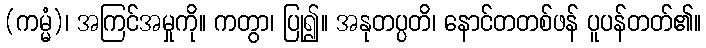
(ကမ္မံ)၊ အကြင်အမှုကို။ ကတွာ၊ ပြု၍။ အနုတပ္ပတိ၊ နောင်တတစ်ဖန် ပူပန်တတ်၏။